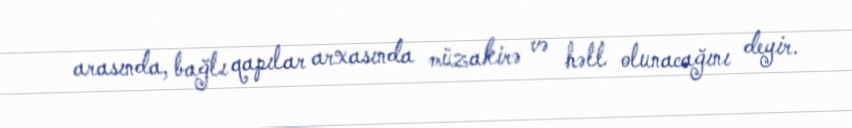
arasında, bağlı qapılar arxasında müzakirə və həll olunacağını deyir.